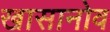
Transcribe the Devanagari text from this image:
खासानोव